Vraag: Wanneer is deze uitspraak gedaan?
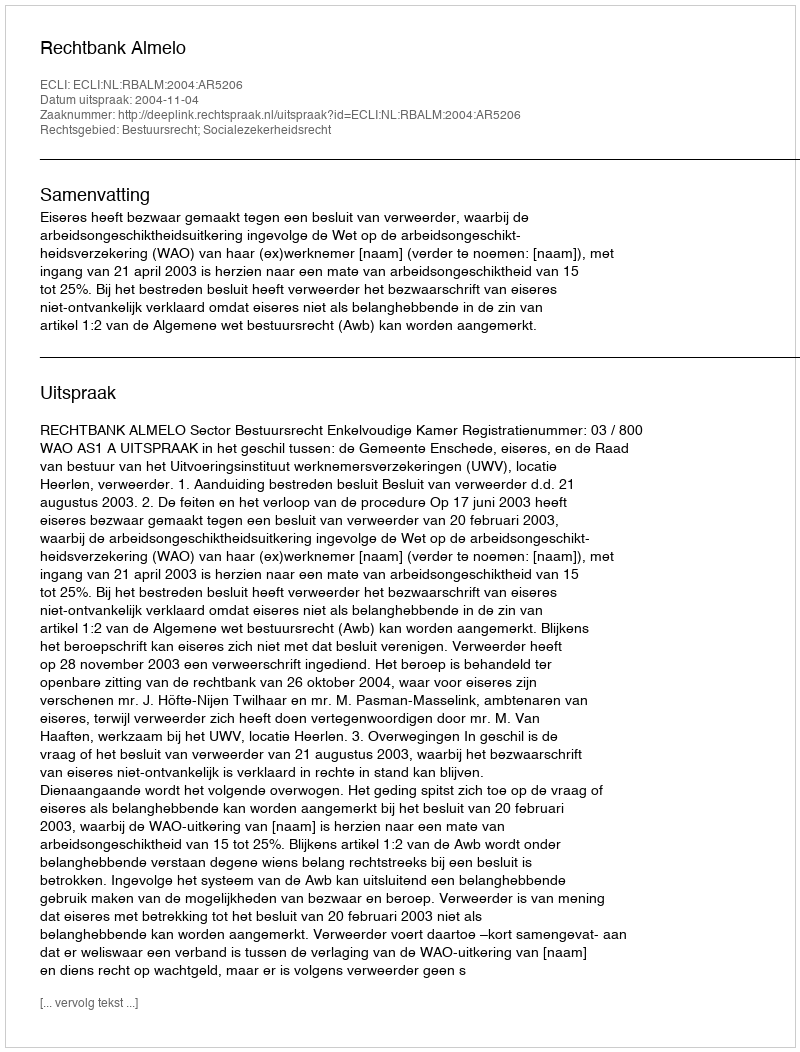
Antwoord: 2004-11-04